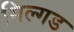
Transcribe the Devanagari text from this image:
गिल्गड